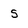
Character: s